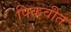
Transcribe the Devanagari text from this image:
पिकवीत